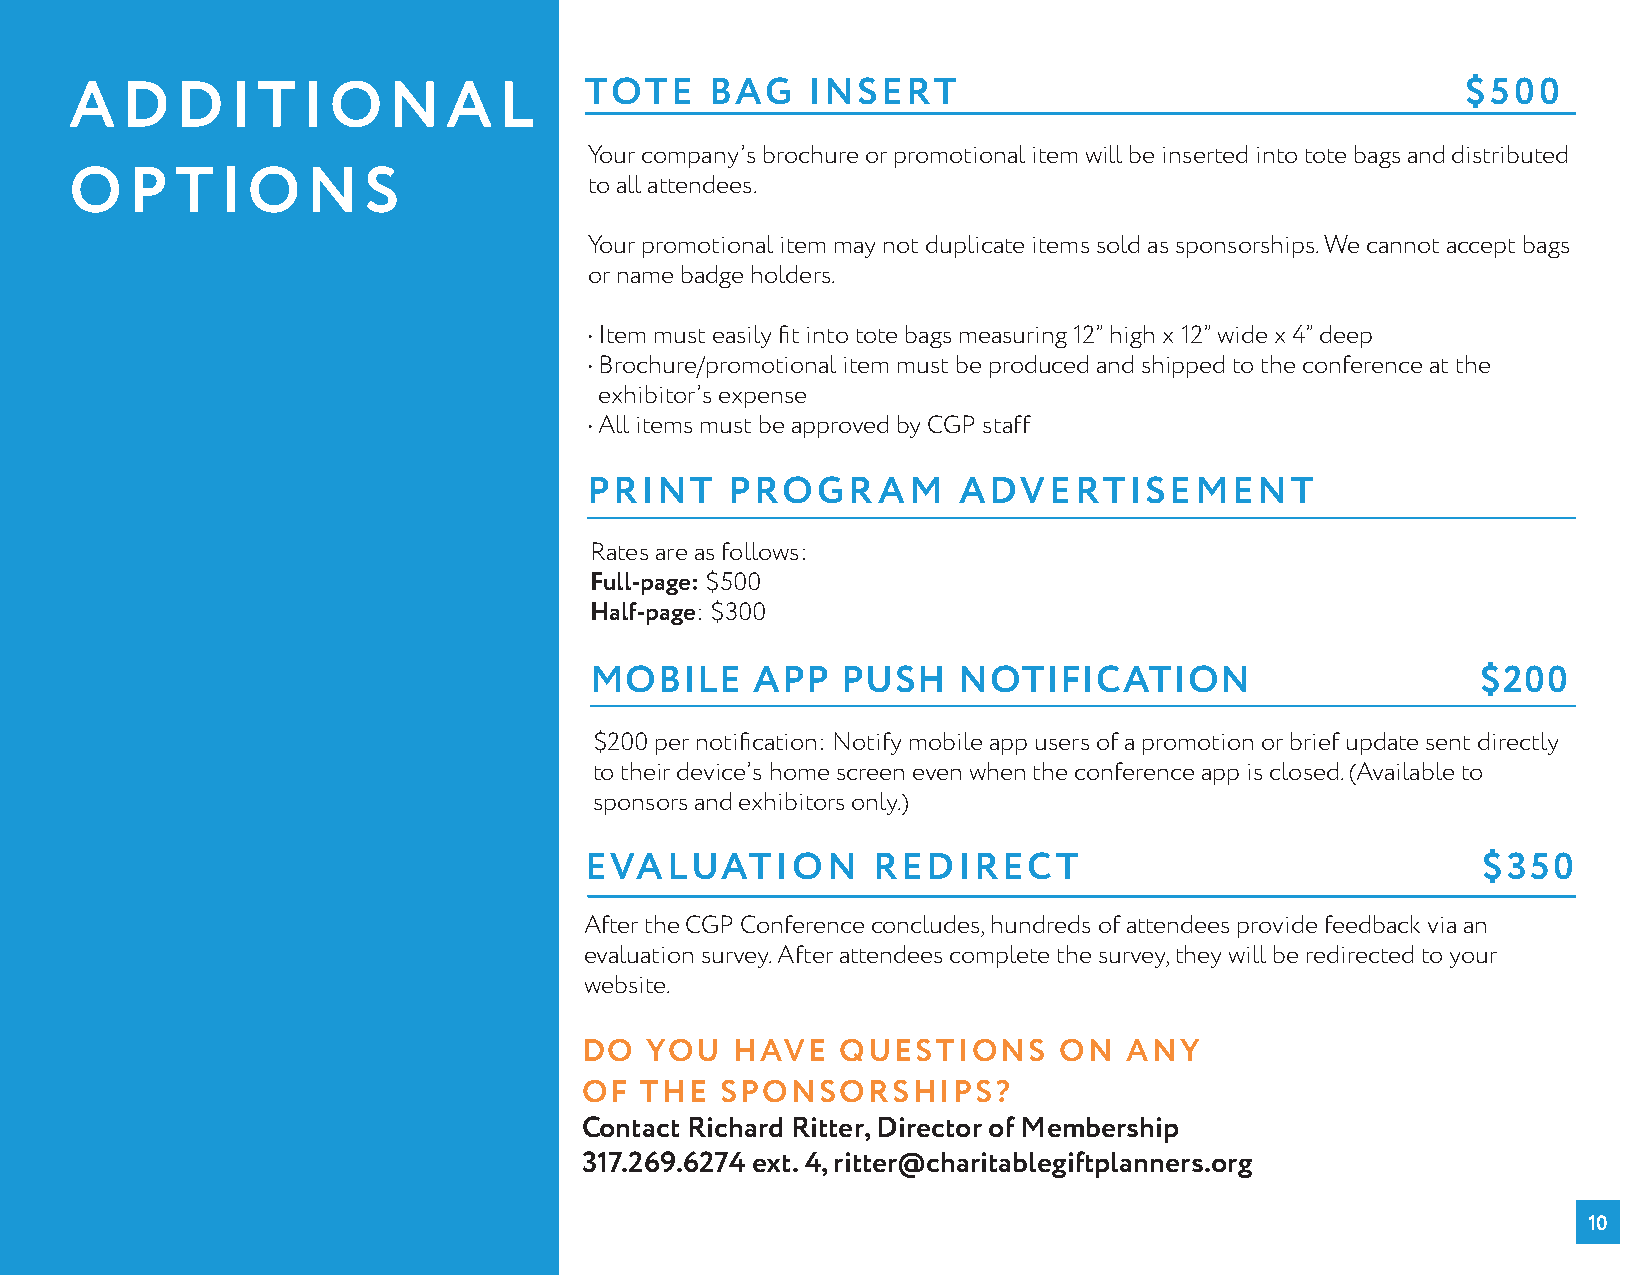
TOTE    BAG   INSERT                                      $500
 ADDITIONAL
 Your company’s brochure or promotional item will be inserted into tote bags and distributed
 O  P   TIO     NS                 to all attendees.
 Your promotional item may not duplicate items sold as sponsorships. We cannot accept bags
 or name badge holders.
 • Item must easily fit into tote bags measuring 12” high x 12” wide x 4” deep
 • Brochure/promotional item must be produced and shipped to the conference at the
 exhibitor’s expense
 • All items must be approved by CGP staff
 PRINT    PROGRAM        ADVERTISEMENT
 Rates are as follows:
 Full-page: $500
 Half-page: $300
 MOBILE     APP   PUSH   NOTIFICATION                       $200
 $200 per notification: Notify mobile app users of a promotion or brief update sent directly
 to their device’s home screen even when the conference app is closed. (Available to
 sponsors and exhibitors only.)
 EVALUATION         REDIRECT                                $350
 After the CGP Conference concludes, hundreds of attendees provide feedback via an
 evaluation survey. After attendees complete the survey, they will be redirected to your
 website.
 DO   YOU   HAVE   QUESTIONS     ON   ANY
 OF  THE   SPONSORSHIPS?
 Contact Richard Ritter, Director of Membership
 317.269.6274 ext. 4, ritter@charitablegiftplanners.org
 10